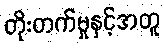
တိုးတက်မှုနှင့်အတူ